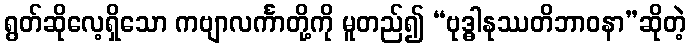
ရွတ်ဆိုလေ့ရှိသော ကဗျာလင်္ကာတို့ကို မူတည်၍ “ဗုဒ္ဓါနုဿတိဘာဝနာ”ဆိုတဲ့